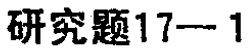
研究题17—1